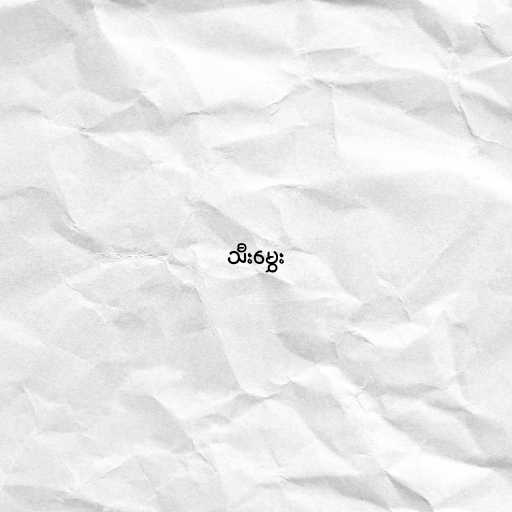
သီးမွှေး